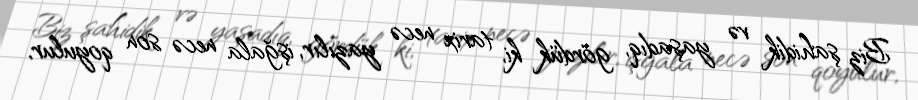
Biz şahidik və yaşadıq, gördük ki, tarix necə yazılır, işğala necə son qoyulur,